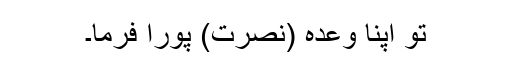
تو اپنا وعدہ (نصرت) پورا فرما۔